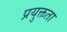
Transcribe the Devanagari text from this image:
प्रयुक्तता